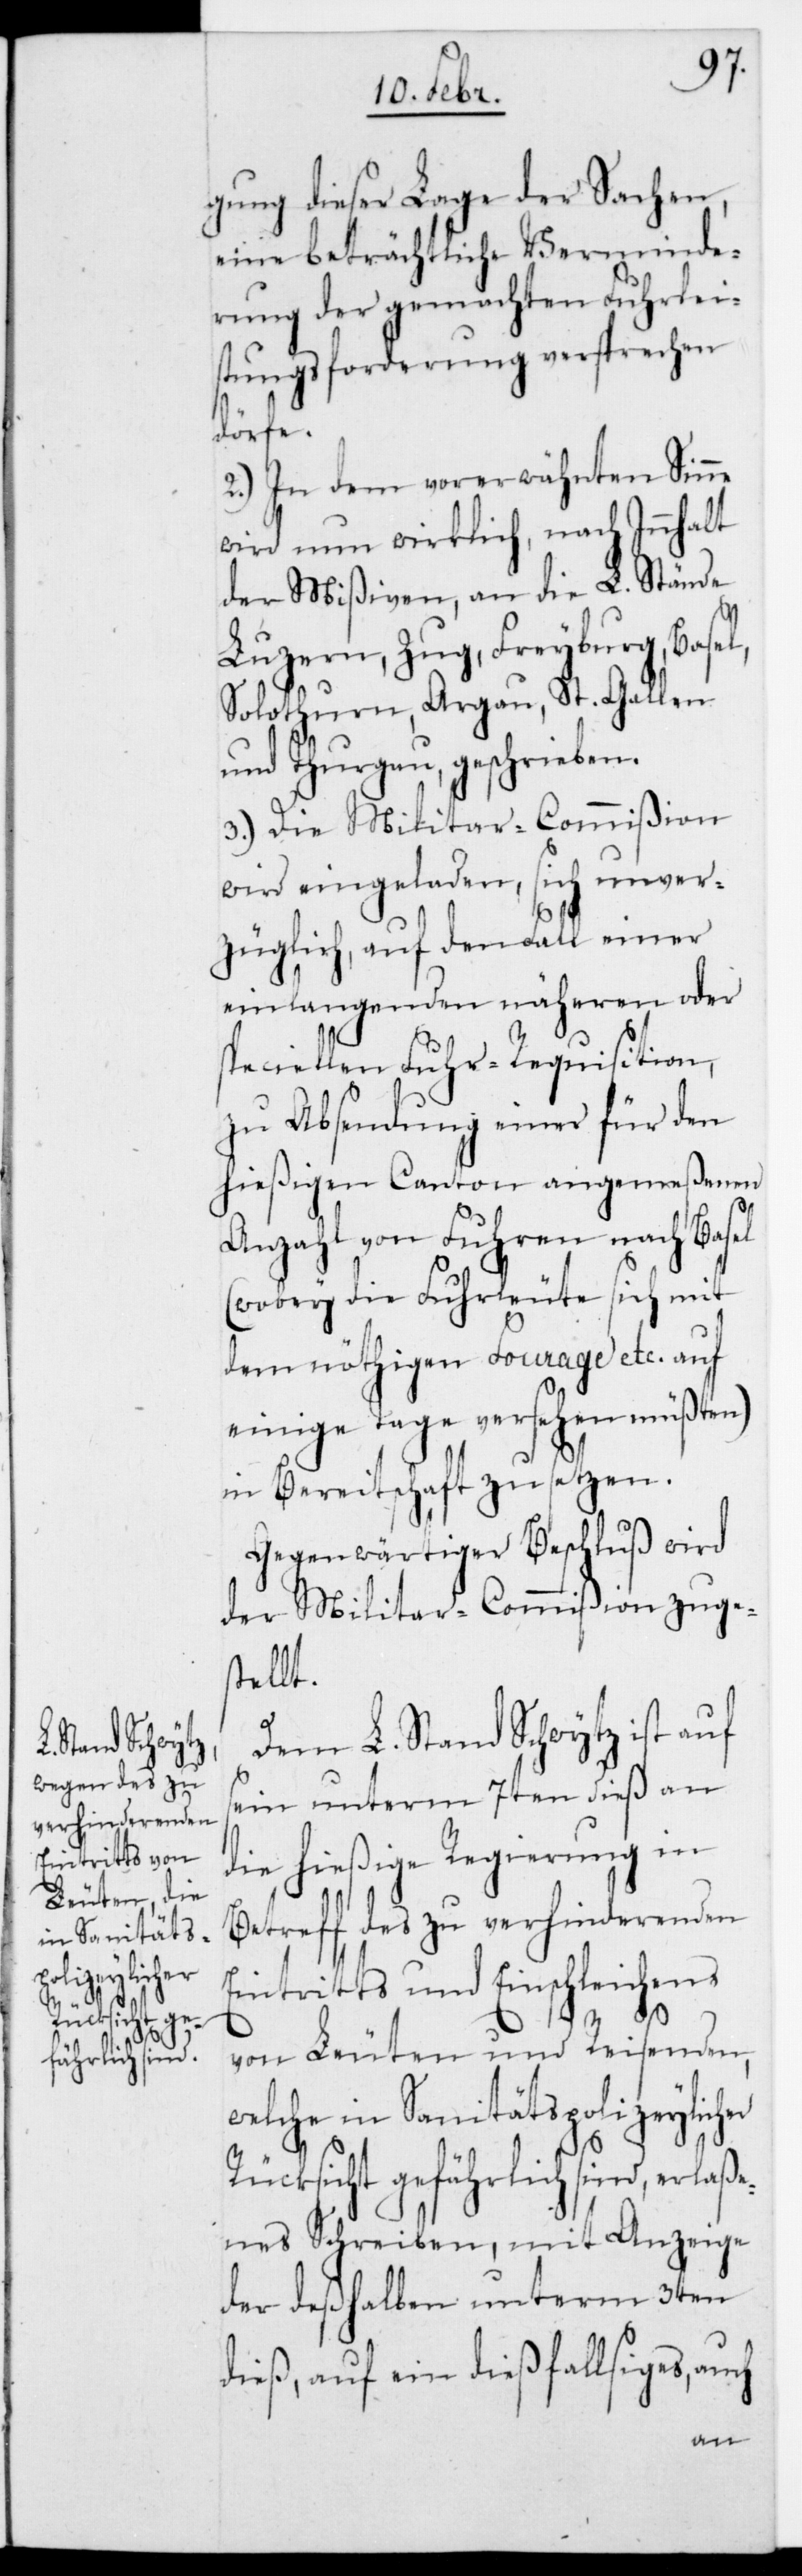
gung dieser Lage der Sachen,
eine beträchtliche Verminde¬
rung der gemachten Fuhrleis¬
tungsforderung versprechen
dürfe.
2.) In dem vorerwähnten Sinne
wird nun wirklich, nach Innhalt
der Mißiven, an die L. Stände
Luzern, Zug, Freyburg, Basel,
Solothurn, Argau, St. Gallen
und Thurgau geschrieben.
3.) Die Militar-Commißion
wird eingeladen, sich unver¬
züglich auf den Fall einer
einlangenden näheren oder
speciellen Fuhrrequisition,
zu Absendung einer für den
hießigen Canton angemeßenen
Anzahl von Fuhren nach Basel
(wobey die Fuhrleute sich mit
dem nöthigen Fourage etc. auf
einige Tage versehen müßten)
in Bereitschaft zu setzen.
Gegenwärtiger Beschluß wird
der Militar-Commißion zuges¬
tellt.
Dem L. Stand Schwytz ist auf
sein unterm 7ten dieß an
die hießige Regierung in
Betreff des zu verhinderenden
Eintritts und Einschleichens
von Leuten und Reisenden,
welche in Sanitätspolizeylicher
Rücksicht gefährlich sind, erlaße¬
nes Schreiben, mit Anzeige
der deshalben unterm 3ten
dieß, auf ein dießfallsiges, auch